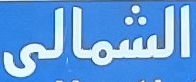
الشمالى